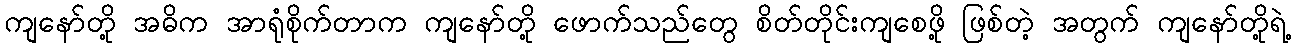
ကျနော်တို့ အဓိက အာရုံစိုက်တာက ကျနော်တို့ ဖောက်သည်တွေ စိတ်တိုင်းကျစေဖို့ ဖြစ်တဲ့ အတွက် ကျနော်တို့ရဲ့